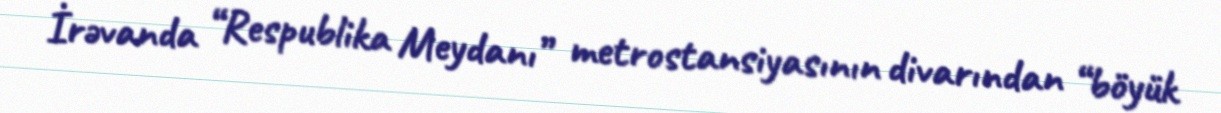
İrəvanda “Respublika Meydanı” metrostansiyasının divarından “böyük